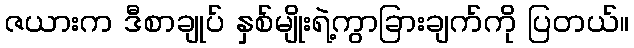
ဇယားက ဒီစာချုပ် နှစ်မျိုးရဲ့ကွာခြားချက်ကို ပြတယ်။